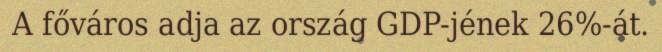
A főváros adja az ország GDP-jének 26%-át.